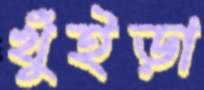
খুঁইড়া